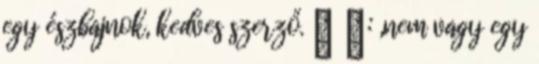
egy észbajnok, kedves szerző. ☉ ☾: „nem vagy egy